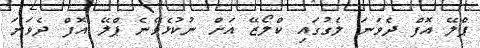
ޕްލޭ އޮފް ދެވަނަ ލެގުގައި ކްލޯޒޭ އަށް ނުކުޅެވޭނެ ޕްލޭ އޮފް ދެވަނަ